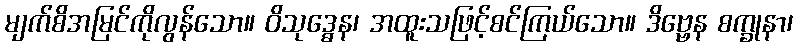
မျက်စိအမြင်ကိုလွန်သော။ ဝိသုဒ္ဓေန၊ အထူးသဖြင့်စင်ကြယ်သော။ ဒိဗ္ဗေန စက္ခုနာ၊